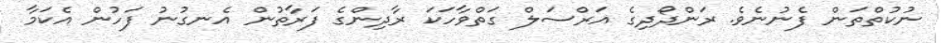
ނުކުތްތަން ފެނުނެވެ. ރަންދޯދިގެ އަރްސަލް ގަތްވާހަކަ ރާދިންގެ ފަރާތުން އެނގުނު ފަހުން އެކަމާ